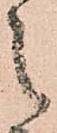
之